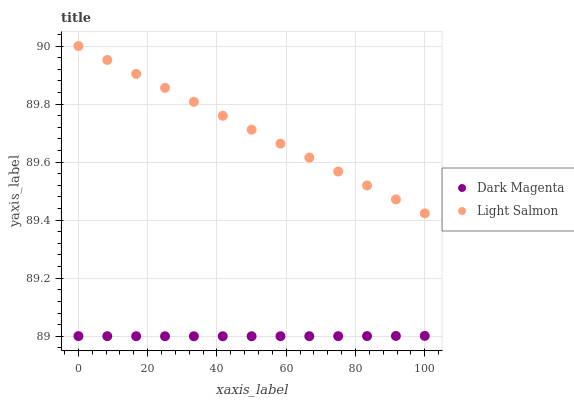
| xaxis_label | Dark Magenta | Light Salmon |
 | --- | --- | --- |
 | 0 | 89 | 90 |
 | 8.33 | 89 | 90 |
 | 16.7 | 89 | 89.9 |
 | 25 | 89 | 89.9 |
 | 33.3 | 89 | 89.8 |
 | 41.7 | 89 | 89.8 |
 | 50 | 89 | 89.7 |
 | 58.3 | 89 | 89.7 |
 | 66.7 | 89 | 89.6 |
 | 75 | 89 | 89.6 |
 | 83.3 | 89 | 89.5 |
 | 91.7 | 89 | 89.5 |
 | 100 | 89 | 89.4 |